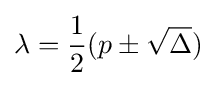
\lambda ={\frac {1}{2}}(p\pm {\sqrt {\Delta }})